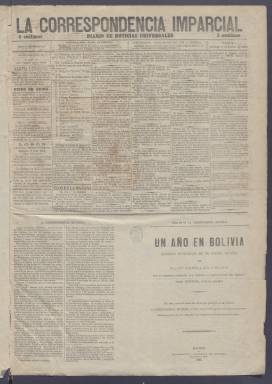
Título: La Correspondencia imparcial
Colección: Periódicos
Ámbito geográfico: Madrid
Lugar de publicación: Madrid
Fechas: 01/02/1885-23/09/1885